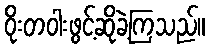
ဝိုးတဝါးဖွင့်ဆိုခဲ့ကြသည်။